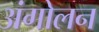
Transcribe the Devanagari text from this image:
अंगोलन